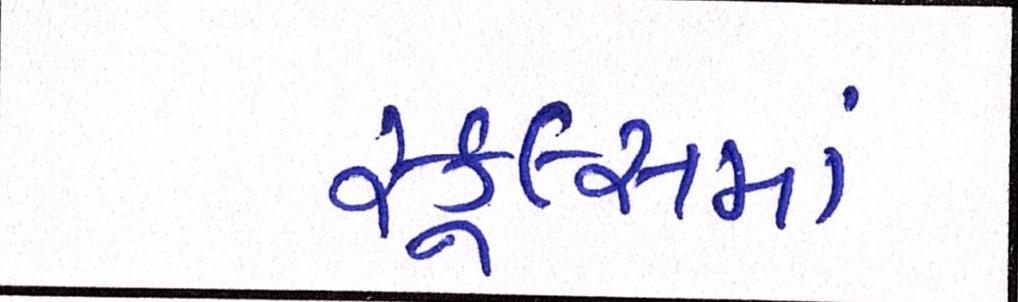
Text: સ્કૂલ્સમાં